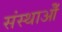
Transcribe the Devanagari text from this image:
संस्थाओँ